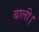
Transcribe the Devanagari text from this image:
बाली।